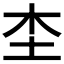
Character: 𡉣